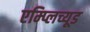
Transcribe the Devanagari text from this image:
एम्प्लिच्यूड